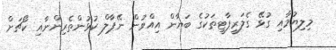
މިލިޔުމާއި ގުޅޭ ގެލަރީޕާޓީތަކުގެ ބަޔާން އިއްވުން ނޭޕާލް ކުޅުންތެރިންނާއި ކޯޗަށް